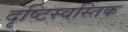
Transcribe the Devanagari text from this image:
दृष्टिस्वस्तिक